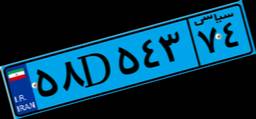
۵۸D۵۴۳۷۴